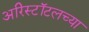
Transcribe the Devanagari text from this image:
अरिस्टॉटलच्या